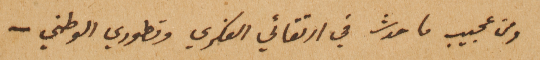
ومن عجيب ما حدث في ارتقائي الفكري وتطوري الوطني –